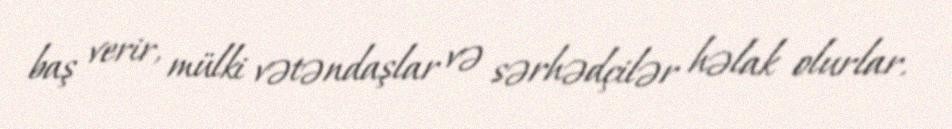
baş verir, mülki vətəndaşlar və sərhədçilər həlak olurlar.